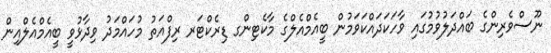
ނޫސްވެރިންގެ ބައްދަލުވުމުގައި ވާހަކަދައްކަވަމުން ބީއެމްއެލްގެ މާކެޓިންގ ޑިރެކްޓަރ ރިފްއަތު މުހައްމަދު ވިދާޅުވީ ބީއެމްއެލްއިން